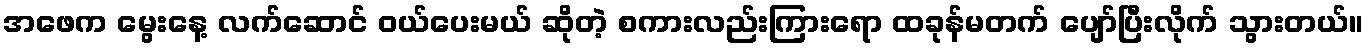
အဖေက မွေးနေ့ လက်ဆောင် ဝယ်ပေးမယ် ဆိုတဲ့ စကားလည်းကြားရော ထခုန်မတက် ပျော်ပြီးလိုက် သွားတယ်။